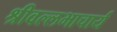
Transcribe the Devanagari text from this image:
श्रीवल्‍लभाचार्य